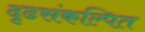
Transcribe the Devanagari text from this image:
दृढसंकल्पित